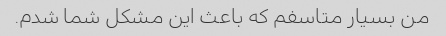
من بسیار متاسفم که باعث این مشکل شما شدم.